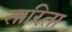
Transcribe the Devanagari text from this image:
तारिता